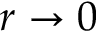
r \rightarrow 0